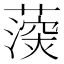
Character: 𮑰